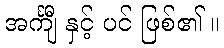
အင်္ကျီ နှင့် ပင် ဖြစ်၏ ။